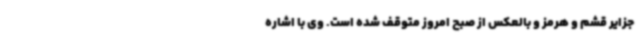
جزایر قشم و هرمز و بالعکس از صبح امروز متوقف شده است. وی با اشاره